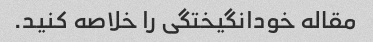
مقاله خودانگیختگی را خلاصه کنید.